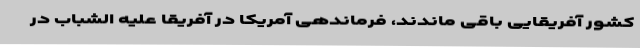
کشور آفریقایی باقی ماندند، فرماندهی آمریکا در آفریقا علیه الشباب در